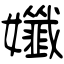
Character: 孅